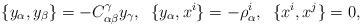
LaTeX: \begin{align*}\{y_{\alpha}, y_{\beta}\} = -C_{\alpha \beta}^{\gamma}y_{\gamma}, \; \; \{y_{\alpha}, x^{i}\} = -\rho^{i}_{\alpha}, \; \; \{x^{i}, x^{j}\} = 0,\end{align*}